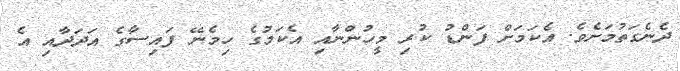
ދެނެގަތުމަށެވެ. އެކަމަށް ފަންޑު ކުރި މީހުންނާއި އެކަމުގެ ހިމެނޭ ފައިސާގެ އަދަދާއި އެ